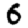
Digit: 6